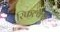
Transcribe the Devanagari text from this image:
रिफल्क्स